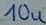
Text: 10u